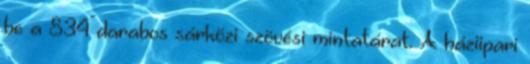
be a 834 darabos sárközi szövési mintatárat. A háziipari